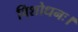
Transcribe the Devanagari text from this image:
विशोधनः।